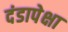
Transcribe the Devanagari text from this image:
दंडापेक्षा